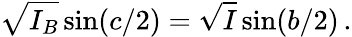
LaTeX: \sqrt{I_{B}}\sin(c/2)=\sqrt{I}\sin(b/2)\, .